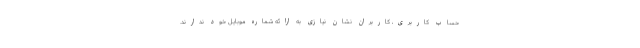
حساب کاربری، کاربران نشان نیازی به ارائه شماره موبایل خود ندارند.